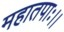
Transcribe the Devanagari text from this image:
महातपाः।।